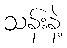
သန်းနဲ့